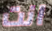
انت